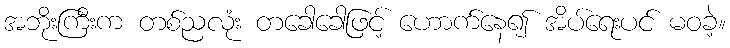
အဘိုးကြီးက တစ်ညလုံး တခေါခေါဖြင့် ဟောက်နေ၍ အိပ်ရေးပင် မဝခဲ့။